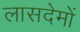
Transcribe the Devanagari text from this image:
लासदेमों